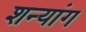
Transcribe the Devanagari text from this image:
शन्यांग